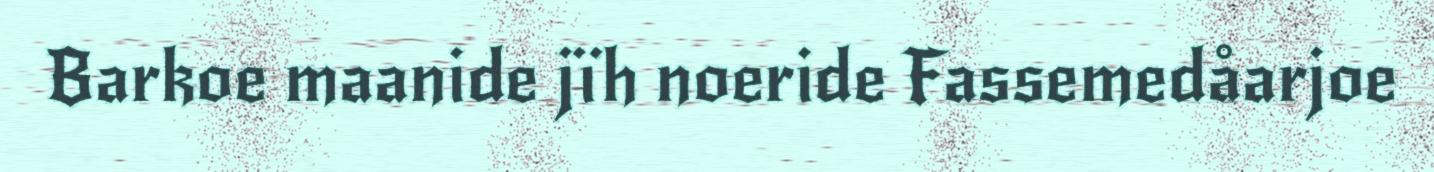
Barkoe maanide jïh noeride Fassemedåarjoe